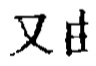
又由